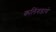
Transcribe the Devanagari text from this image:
कलिंगडाचे